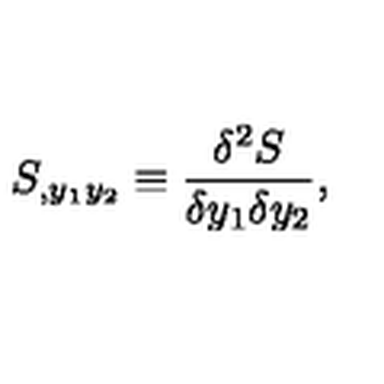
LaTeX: S _ { , y _ { 1 } y _ { 2 } } \equiv { \frac { \delta ^ { 2 } S } { \delta y _ { 1 } \delta y _ { 2 } } } ,